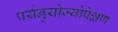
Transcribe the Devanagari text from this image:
पर्यनुयोज्योपेक्षण